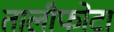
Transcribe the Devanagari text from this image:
तालीफोटा